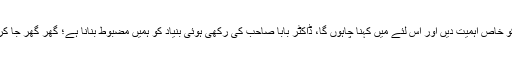
اس بار بابا صاحب امبیڈکر کی یوم پیدائش اور بھیم ایپپ ، اس کو خاص اہمیت دیں اور اس لئے میں کہنا چاہوں گا، ڈاکٹر بابا صاحب کی رکھی ہوئی بنیاد کو ہمیں مضبوط بنانا ہے؛ گھر گھر جا کر سب کو جوڑ کر 125 کروڑ ہاتھوں تک بھیم ایپپ پہنچانا ہے۔